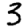
Digit: 3